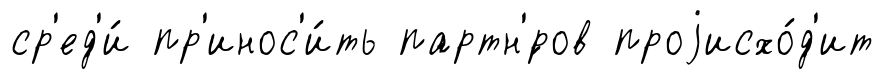
ср'ед'и́ пр'инос'и́ть партн'́ров проjисхо́д'ит